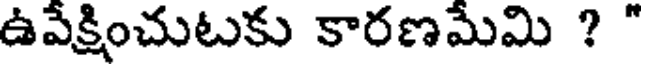
ఉవేక్షించుటకు కారణమేమి ? "